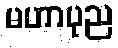
မဟာပုည